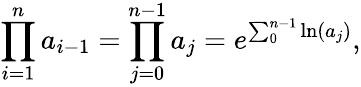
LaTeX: \prod_{i=1}^{n}a_{i-1}=\prod_{j=0}^{n-1}a_{j}=e^{\sum_{0}^{n-1}\ln(a_{j})},